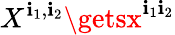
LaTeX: X^{\mathbf{i}_{1},\mathbf{i}_{2}}\getsx^{\mathbf{i}_{1}\mathbf{i}_{2}}